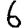
Digit: 6